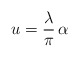
\begin{align*}u = \frac{\lambda}{\pi}\,\alpha\end{align*}